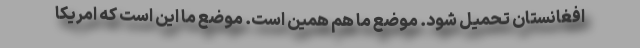
افغانستان تحمیل شود. موضع ما هم همین است. موضع ما این است که امریکا